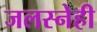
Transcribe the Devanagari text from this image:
जलस्नेही